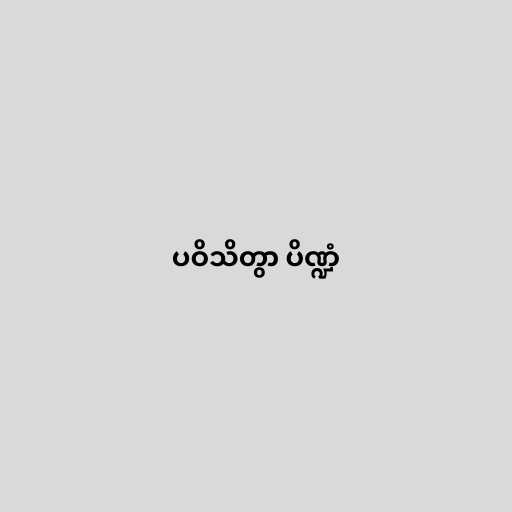
ပဝိသိတွာ ပိဏ္ဍံ